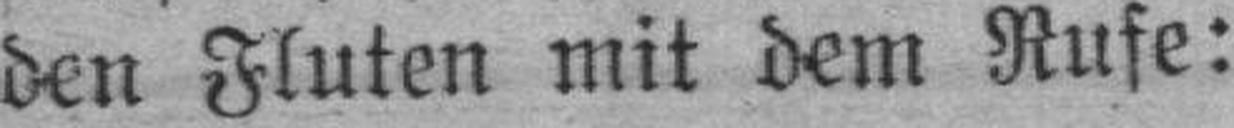
den Fluten mit dem Rufe: